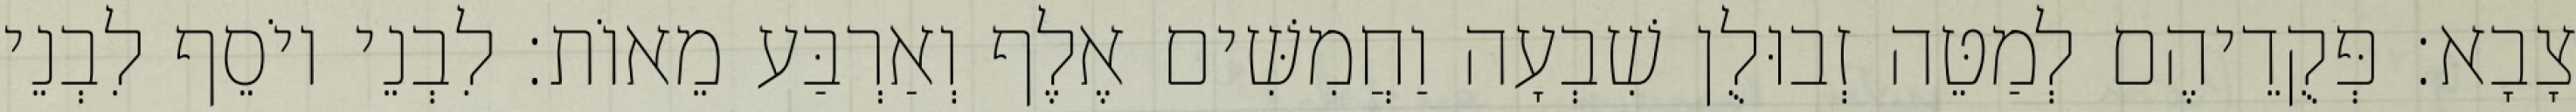
צָבָא׃ פְּקֻדֵיהֶם לְמַטֵּה זְבוּלֻן שִׁבְעָה וַחֲמִשִּׁים אֶלֶף וְאַרְבַּע מֵאוֹת׃ לִבְנֵי יוֹסֵף לִבְנֵי